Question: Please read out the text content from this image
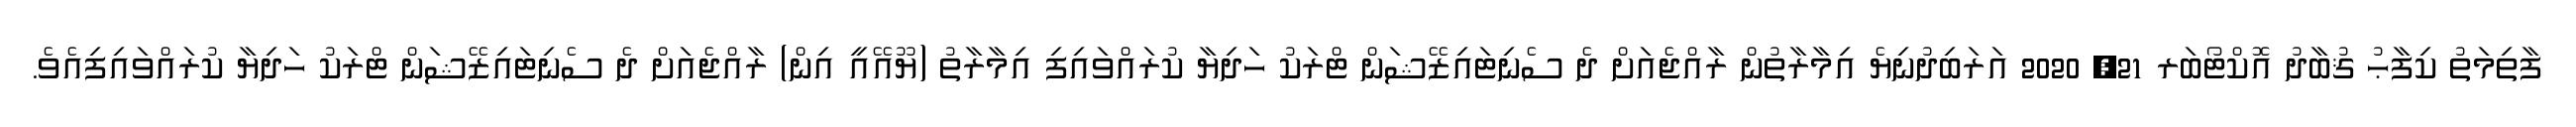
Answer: ފާތިމަތު ކިފާޙު ޤުބާދު އޮކްޓޯބަރ 21, 2020 އަރަބިދުނިޔެ އިމާރާތުން ރާއްޖެއަށް ދެ ސެނިޓައިޒޭޝަން ޓްރަކު ހަދިޔާ ކުރައްވައިފި އިމާރާތު (ޔޫއޭއީ އިން) ރާއްޖެއަށް ދެ ސެނިޓައިޒޭޝަން ޓްރަކު ހަދިޔާ ކުރައްވައިފިއެވެ.